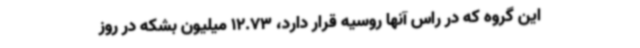
این گروه که در راس آنها روسیه قرار دارد، 12.73 میلیون بشکه در روز